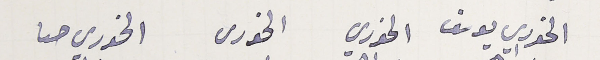
الخوري يوسف الخوري الخورى الخوري حىا